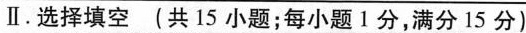
Ⅱ。选择填空(共15小题；每小题1分，满分15分)